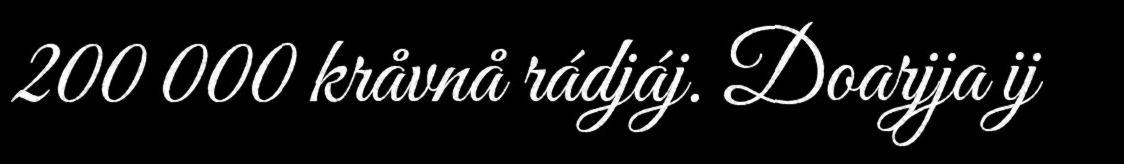
200 000 kråvnå rádjáj. Doarjja ij